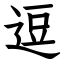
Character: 逗